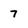
Character: 7